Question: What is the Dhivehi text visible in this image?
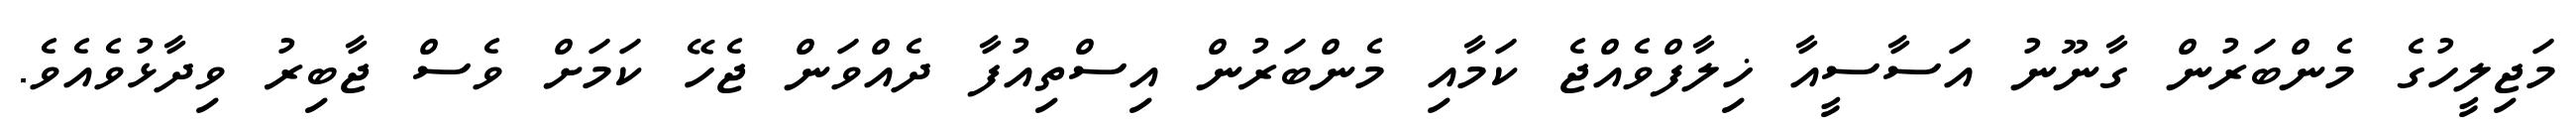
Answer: މަޖިލީހުގެ މެންބަރުން ގާނޫނު އަސާސީއާ ޚިލާފްވެއްޖެ ކަމާއި މެންބަރުން އިސްތިއުފާ ދެއްވަން ޖެހޭ ކަމަށް ވެސް ޖާބިރު ވިދާޅުވެއެވެ.